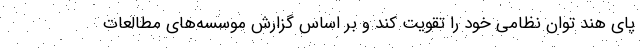
پای هند توان نظامی خود را تقویت کند و بر اساس گزارش موسسه‌های مطالعات